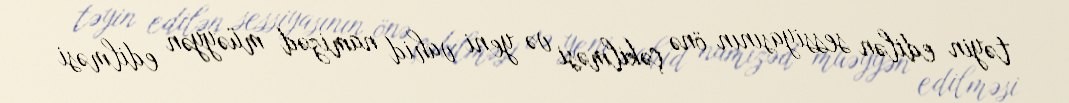
təyin edilən sessiyasının önə çəkilməsi və yeni vahid namizəd müəyyən edilməsi